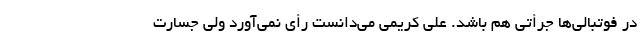
در فوتبالی‌ها جرأتی هم باشد. علی کریمی می‌دانست رأی نمی‌آورد ولی جسارت